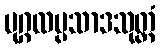
ပုဂ္ဂလပ္ပသာဒသုတ္တံ